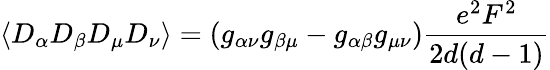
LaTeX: \langle D_{\alpha}D_{\beta}D_{\mu}D_{\nu}\rangle=\left(g_{\alpha\nu}g_{\beta\mu}-g_{\alpha\beta}g_{\mu\nu}\right)\frac{e^{2}F^{2}}{2d(d-1)}